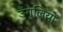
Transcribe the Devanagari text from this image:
उँगुलियों